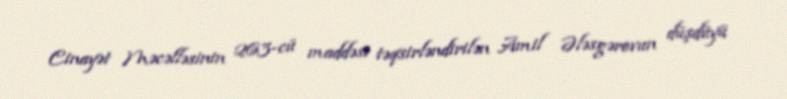
Cinayət Məcəlləsinin 263-cü maddəsi təqsirləndirilən Amil Ələsgərovun düşdüyü